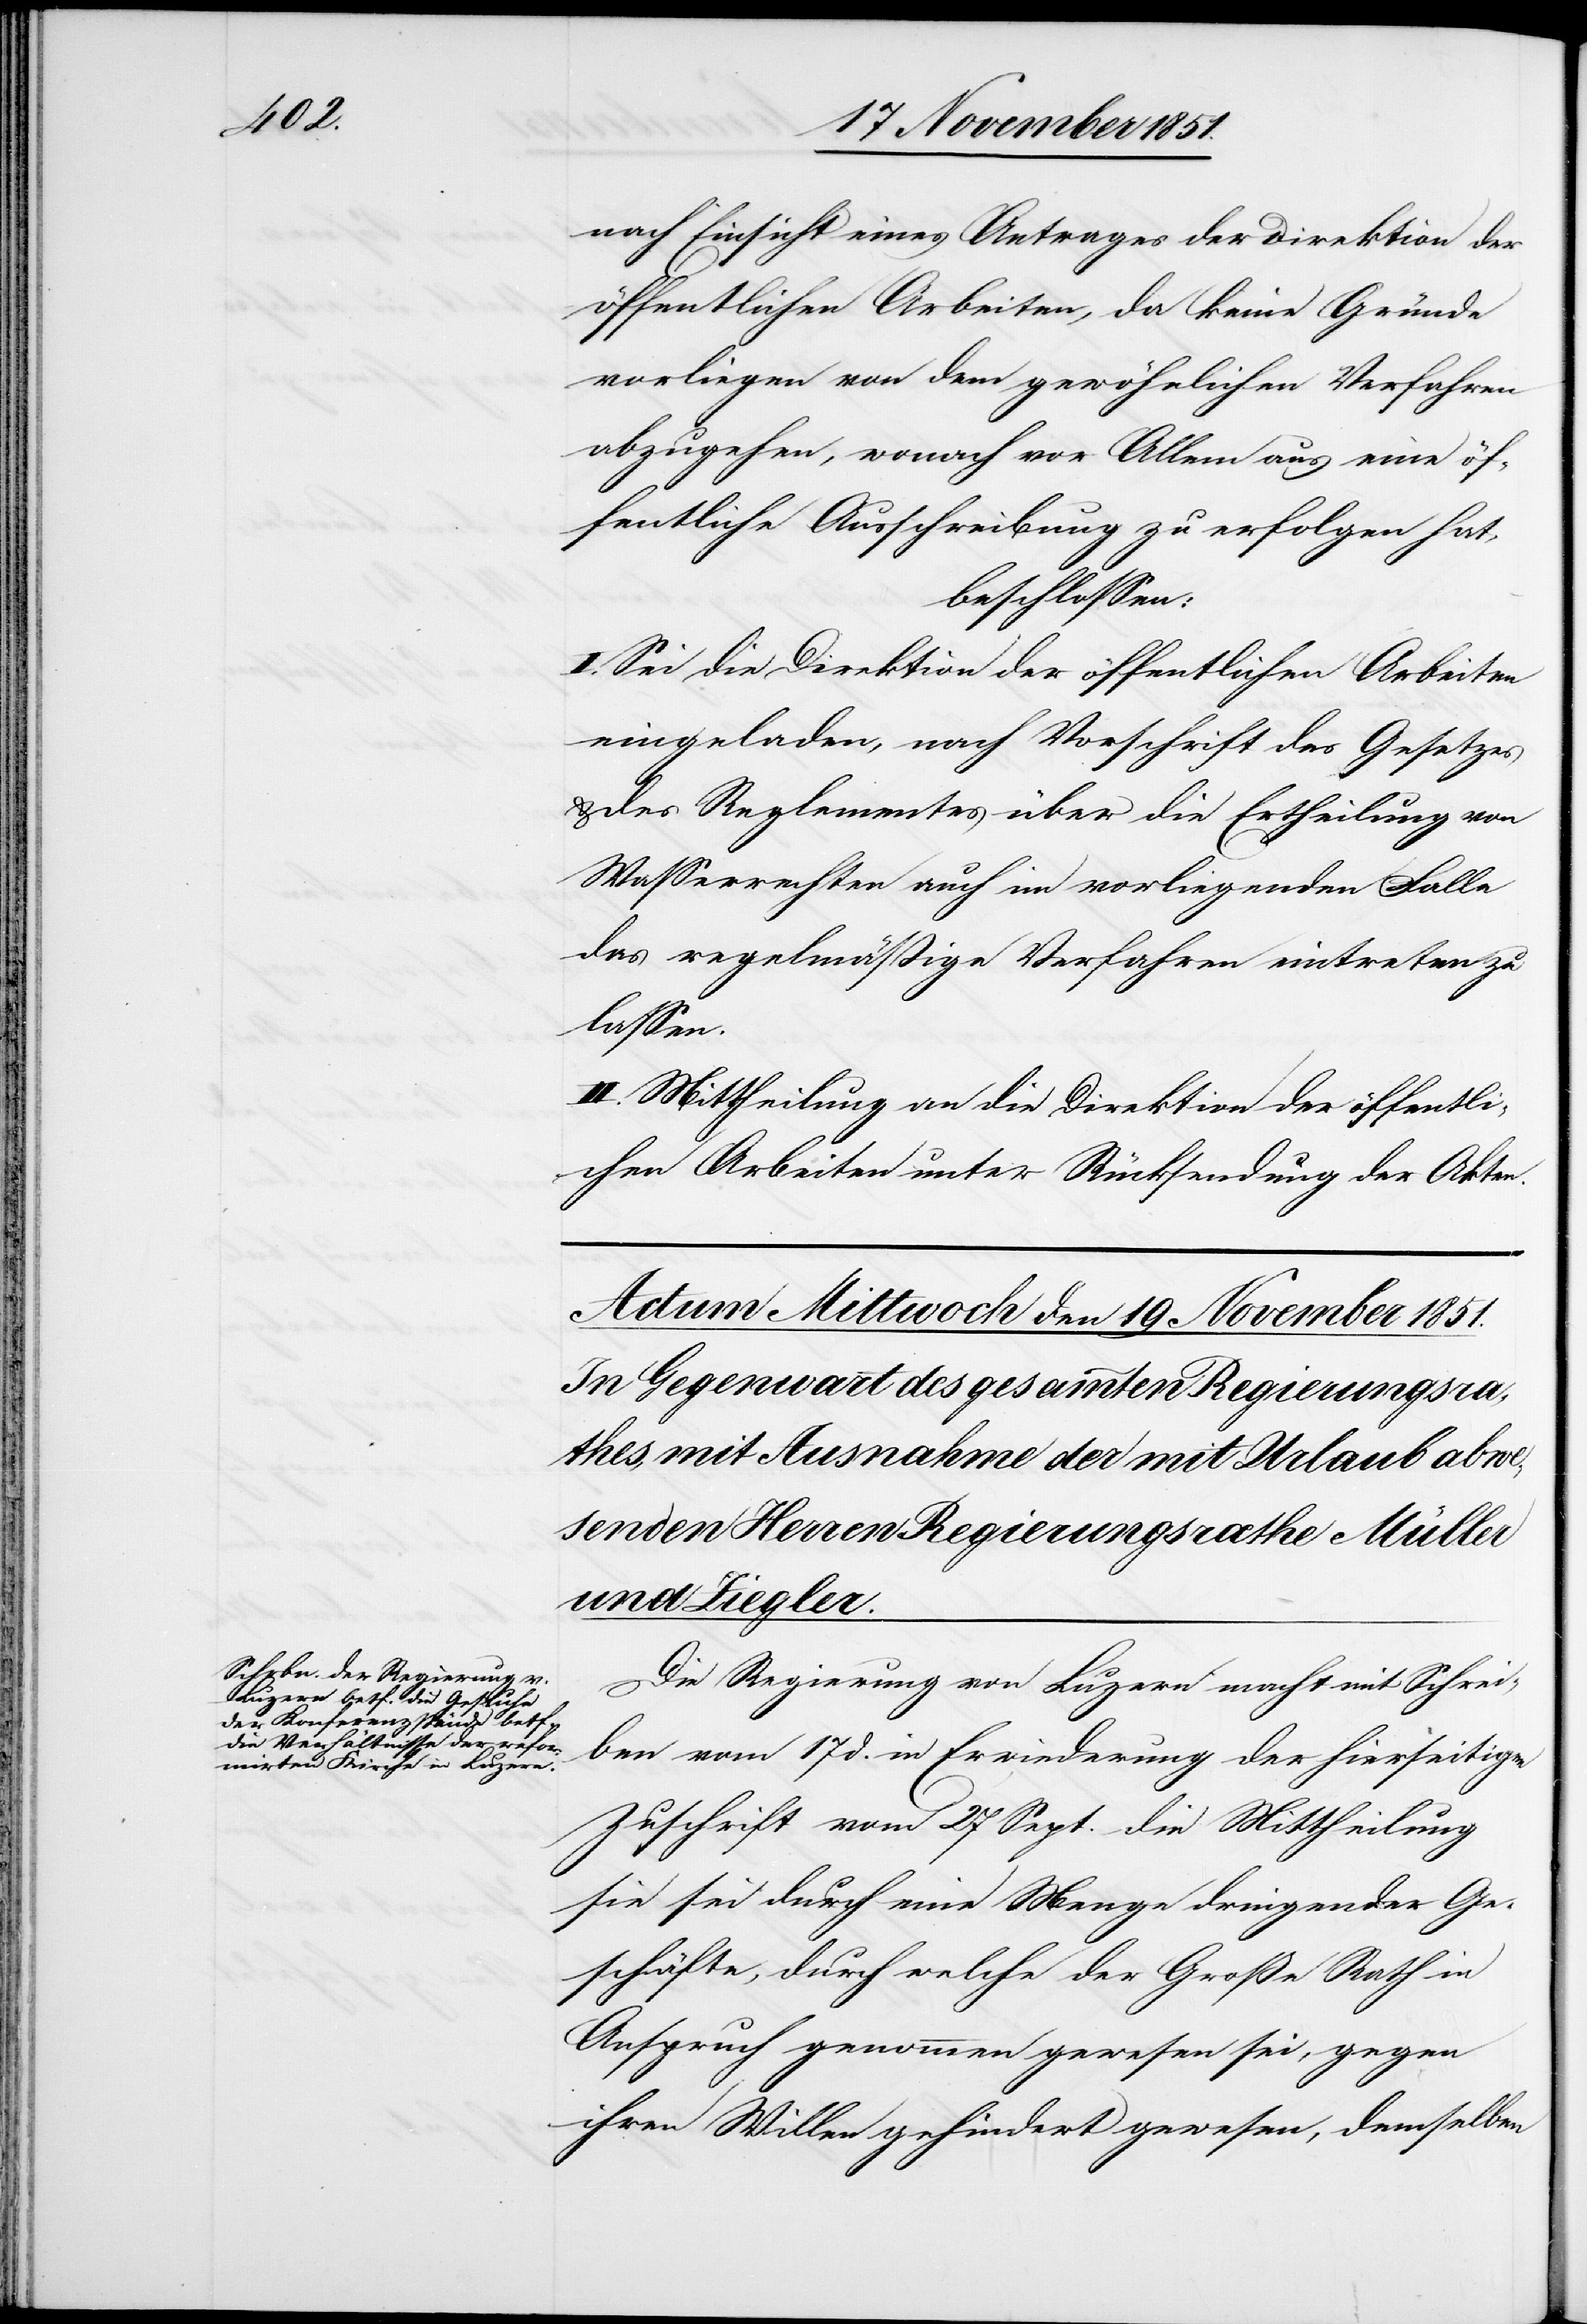
nach Einsicht eines Antrages der Direktion der
öffentlichen Arbeiten, da keine Gründe
vorliegen von dem gewöhnlichen Verfahren
abzugehen, wonach vor Allem aus eine öf¬
fentliche Ausschreibung zu erfolgen hat,
beschlossen:
I. Sei die Direktion der öffentlichen Arbeiten
eingeladen, nach Vorschrift des Gesetzes
& des Reglementes über die Ertheilung von
Wasserrechten auch im vorliegenden Falle
das regelmäßige Verfahren eintreten zu
lassen.
II. Mittheilung an die Direktion der öffentli¬
chen Arbeiten unter Rücksendung der Akten.
Die Regierung von Luzern macht mit Schrei¬
ben vom 17 d. in Erwiederung der hierseitigen
Zuschrift vom 27 Sept. die Mittheilung
sie sei durch eine Menge dringender Ge¬
schäfte, durch welche der Große Rath in
Anspruch genommen gewesen sei, gegen
ihren Willen gehindert gewesen, demselben